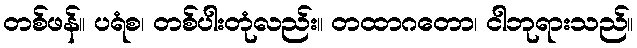
တစ်ဖန်။ ပရံစ၊ တစ်ပါးတုံလည်း။ တထာဂတော၊ ငါဘုရားသည်။